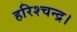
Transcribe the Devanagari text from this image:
हरिश्चन्द्र।